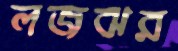
লজঝর